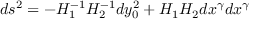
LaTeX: d s ^ { 2 } = - H _ { 1 } ^ { - 1 } H _ { 2 } ^ { - 1 } d y _ { 0 } ^ { 2 } + H _ { 1 } H _ { 2 } d x ^ { \gamma } d x ^ { \gamma }